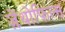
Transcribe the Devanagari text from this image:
ज़ेंथोफिल्स